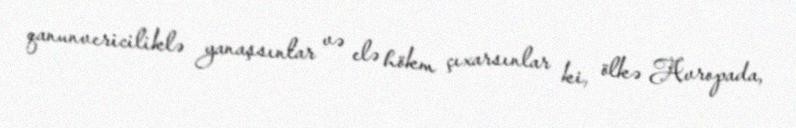
qanunvericiliklə yanaşsınlar və elə hökm çıxarsınlar ki, ölkə Avropada,